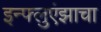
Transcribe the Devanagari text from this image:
इन्फ्लुएंझाचा